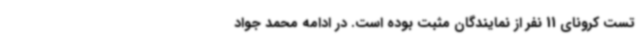
تست کرونای 11 نفر از نمایندگان مثبت بوده است. در ادامه محمد جواد